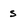
Character: s